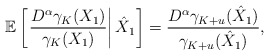
\begin{align*}\mathbb{E}\left[\left.\frac{D^{\alpha}\gamma_K(X_1)}{\gamma_K(X_1)}\right|\hat{X}_1\right]=\frac{D^{\alpha}\gamma_{K+u}(\hat{X}_1)}{\gamma_{K+u}(\hat{X}_1)},\end{align*}